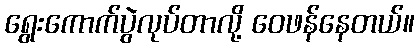
ရွေးကောက်ပွဲလုပ်တာလို့ ဝေဖန်နေတယ်။